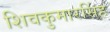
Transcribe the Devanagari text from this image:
शिवकुमारसिंह